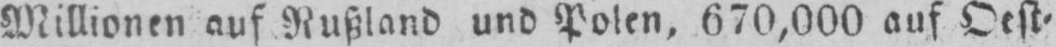
Millionen auf Rußland und Polen, 670,000 auf Oest⸗